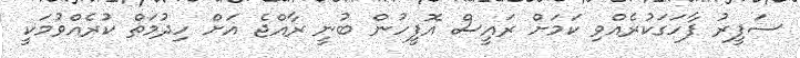
ސަފީރު ފާހަގަކުރެއްވި ކަމަށް ރައީސް އޮފީހުން ބުނީ ރާއްޖެ އަށް ހިދުމަތް ކުރެއްވުމަކީ